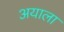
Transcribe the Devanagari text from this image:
अयाला